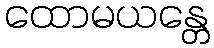
ထောမယန္တေ